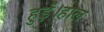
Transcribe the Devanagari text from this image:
हुईं।हाल